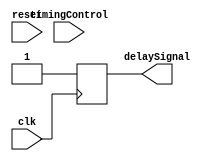
module TimingControlMultiplexerDelay (
    input [1:0] timingControl,
    input wire clk,
    input wire reset,
    output wire delaySignal
);

parameter DELAY_0 = 2;
parameter DELAY_1 = 5;
parameter DELAY_2 = 10;

reg [3:0] delayValue;

always @ (posedge clk or posedge reset) begin
    if (reset) begin
        delayValue <= 4'b0;
    end else begin
        case (timingControl)
            2'b00: delayValue <= DELAY_0;
            2'b01: delayValue <= DELAY_1;
            default: delayValue <= DELAY_2;
        endcase
    end
end

always @ (posedge clk) begin
    delaySignal <= #delayValue 1'b1;
end

endmodule